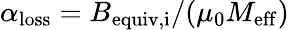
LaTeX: \alpha_{\mathrm{loss}}=B_{\mathrm{equiv,i}}/(\mu_{0}M_{\mathrm{eff}})